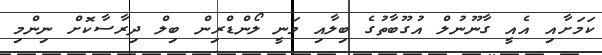
ކަމަށާއި އެއީ ގާނޫނުލް އުގޫބާތުގެ ބިލާއި މަނީ ލޯންޑްރިން ބިލް ދިރާސާކޮށް ނިންމި